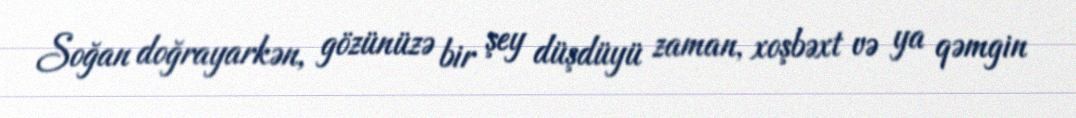
Soğan doğrayarkən, gözünüzə bir şey düşdüyü zaman, xoşbəxt və ya qəmgin